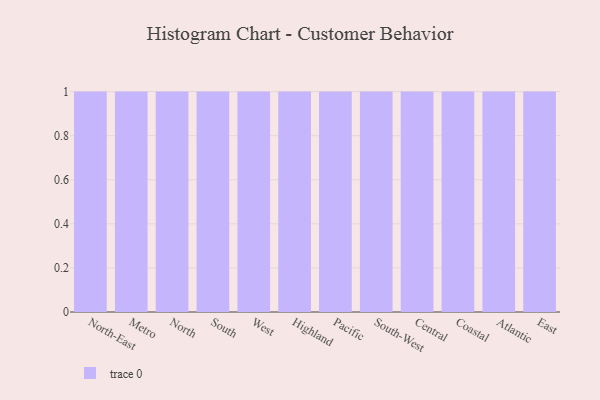
{"axis": {"x": "Region", "y": "Latency (ms)"}, "legend": [""], "data": [{"x": "North-East", "y": 91, "type": ""}, {"x": "Metro", "y": 2, "type": ""}, {"x": "North", "y": 32, "type": ""}, {"x": "South", "y": 21, "type": ""}, {"x": "West", "y": 37, "type": ""}, {"x": "Highland", "y": 55, "type": ""}, {"x": "Pacific", "y": 58, "type": ""}, {"x": "South-West", "y": 44, "type": ""}, {"x": "Central", "y": 70, "type": ""}, {"x": "Coastal", "y": 9, "type": ""}, {"x": "Atlantic", "y": 12, "type": ""}, {"x": "East", "y": 25, "type": ""}]}